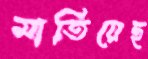
মাতিয়েছ